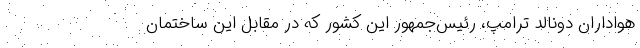
هواداران دونالد ترامپ، رئیس‌جمهور این کشور که در مقابل این ساختمان